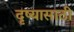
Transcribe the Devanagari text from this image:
दृष्यासाठी